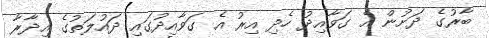
ބާރުގެ ދަށުން އެ ގަވާއިދު ހެދި އިރު އެ ގަވާއިދުގައި ދައުލަތުގެ އިދާރާ